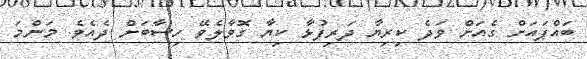
ބައްޕައަށް ގެއަށް ވަދެ ކިރިޔާ ދަރިފުޅާ ކިޔާ ގޮވާލެވޭ ހިސާބަށް ދެއެވެ. މަންމަ